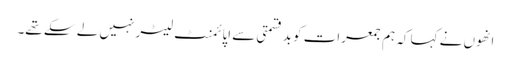
انھوں نے کہا کہ ہم جمعرات کو بدقسمتی سے اپائمنٹ لیٹر نہیں لے سکے تھے۔